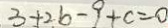
3 + 2 b - 9 + c = 0